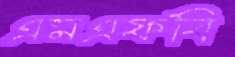
এমএফবি